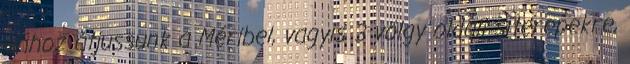
ahhoz átjussunk a Méribel, vagyis 3 völgy oldali síterepekre,